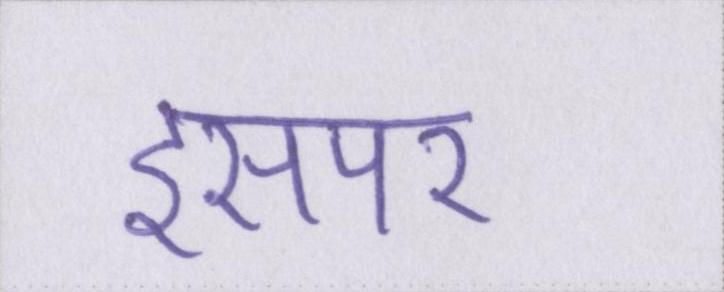
इसपर